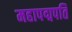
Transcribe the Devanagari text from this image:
महापद्मपति